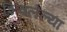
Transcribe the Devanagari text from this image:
शिवलेल्या